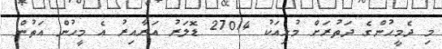
މި ދެމީހުންގެ ދަތުރަށް މުޅިއަކު 27014 ޑޮލަރު އަރާއިރު އެ މީހުން އަތުން